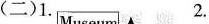
(二)1. 2.